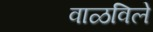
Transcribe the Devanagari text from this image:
वाळविले